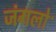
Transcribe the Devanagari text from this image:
जंगलोॱ